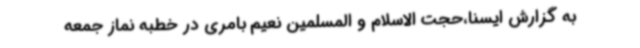
به گزارش ایسنا،حجت الاسلام و المسلمین نعیم بامری در خطبه نماز جمعه